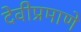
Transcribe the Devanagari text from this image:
देवीप्रमाणे